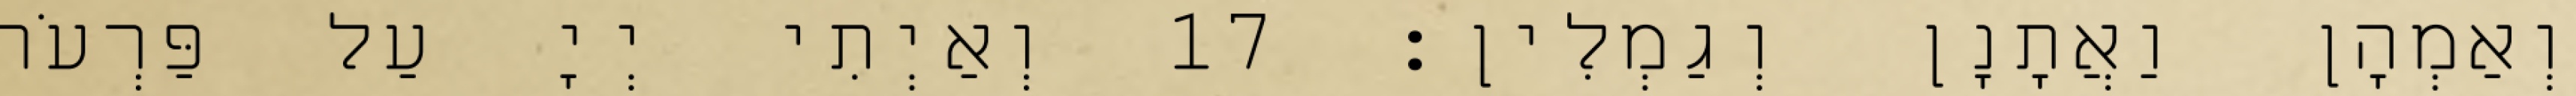
וְאַמְהָן וַאֲתָנָן וְגַמְלִין׃ 17 וְאַיְתִי יְיָ עַל פַּרְעֹה